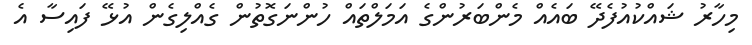
މިހާރު ޝައްކުއުފެދޭ ބައެއް މެންބަރުންގެ އަމަލްތައް ހުންނަގޮތުން ގެއްލިގެން އުޅޭ ފައިސާ އެ